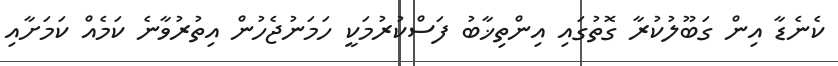
ކެނެޑާ އިން ގަބޫލުކުރާ ގޮތުގައި އިންތިޚާބު ފަސްކުރުމަކީ ހަމަނުޖެހުން އިތުރުވާނެ ކަމެއް ކަމަށާއި